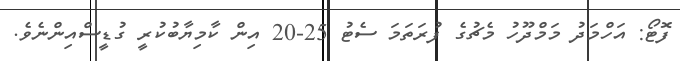
ފޮޓޯ: އަހްމަދު މަމްދޫހު މެޗުގެ ފުރަތަމަ ސެޓު 25-20 އިން ކާމިޔާބުކުރީ ގުޑީސްއިންނެވެ.